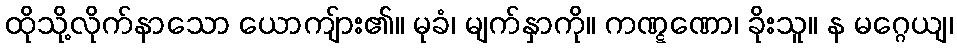
ထိုသို့လိုက်နာသော ယောကျ်ား၏။ မုခံ၊ မျက်နှာကို။ ကဏ္ဋဏော၊ ခိုးသူ။ န မဂ္ဂေယျ၊